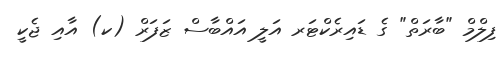
ފިލްމް "ބާރަތް" ގެ ޑައިރެކްޓަރ އަލީ އައްބާސް ޒަފަރް (ކ) އާއި ޖެކީ